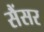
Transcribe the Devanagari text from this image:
सैंसर